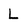
Character: L